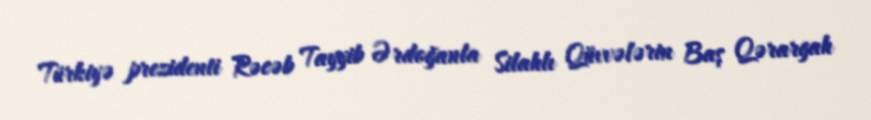
Türkiyə prezidenti Rəcəb Tayyib Ərdoğanla Silahlı Qüvvələrin Baş Qərargah